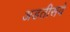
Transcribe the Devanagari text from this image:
अडतीसवे